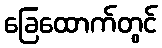
ခြေထောက်တွင်